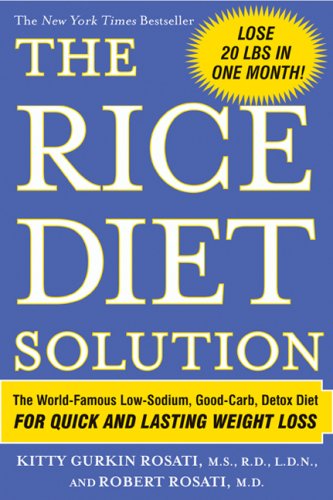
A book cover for The Rice Diet Solution; Kitty Gurkin Rosati; Cookbooks, Food & Wine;